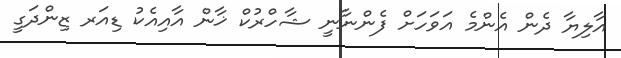
އާލިޔާ ދެން އެންމެ އަވަހަށް ފެންނާނީ ޝާހްރުކް ޚާން އާއިއެކު ޑިއަރ ޒިންދަގީ